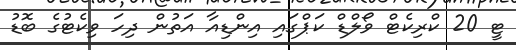
ޓީ 20 ކްރިކެޓް ވޯލްޑް ކަޕްގައި އިންޑިއާ އަތުން ދިހަ ވިކެޓުގެ ބޮޑު